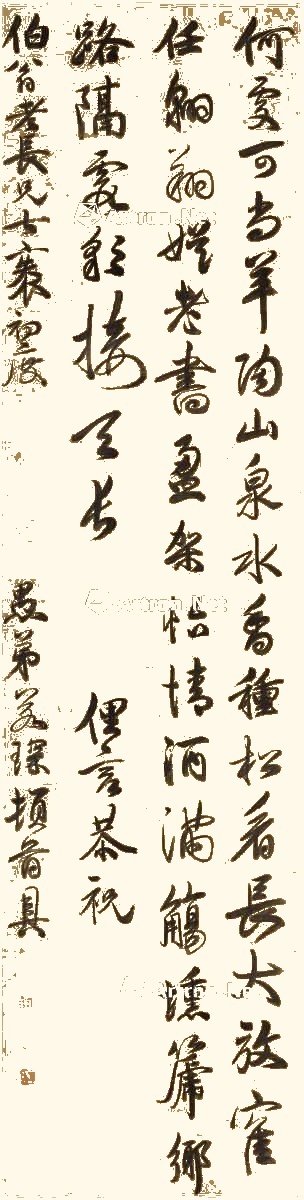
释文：何处可尚羊，陶山泉水香。种竹看长大，放鹤任翱翔。娱老书盈架，怡情酒满觞。埙篪乡路隔，霞彩接天长。俚言恭祝伯翁老长兄七秩初度，愚弟若琛顿首具。